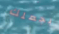
بجعلك